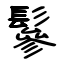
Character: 鬖